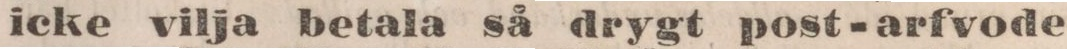
icke vilja betala så drygt post-arfvode